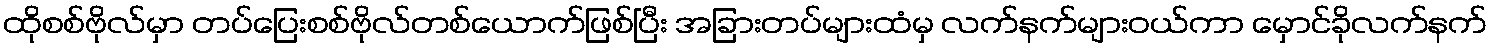
ထိုစစ်ဗိုလ်မှာ တပ်ပြေးစစ်ဗိုလ်တစ်ယောက်ဖြစ်ပြီး အခြားတပ်များထံမှ လက်နက်များဝယ်ကာ မှောင်ခိုလက်နက်